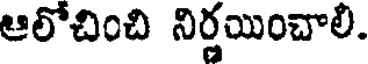
ఆలోచించి నిర్ణయించాలి.